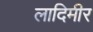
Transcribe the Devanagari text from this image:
लादिमीर